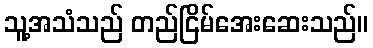
သူ့အသံသည် တည်ငြိမ်အေးဆေးသည်။